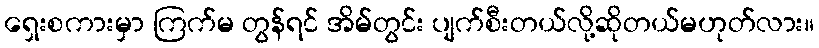
ရှေးစကားမှာ ကြက်မ တွန်ရင် အိမ်တွင်း ပျက်စီးတယ်လို့ဆိုတယ်မဟုတ်လား။